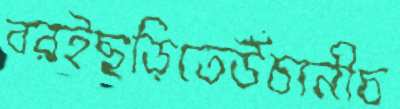
বরইছড়িতেউঁচানীচ